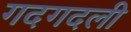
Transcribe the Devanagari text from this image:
गदगदली